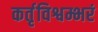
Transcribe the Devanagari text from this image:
कर्तृविश्वम्भरं